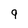
Character: 9